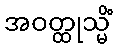
အဝတ္ထုသ္မိံ